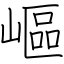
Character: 嶇